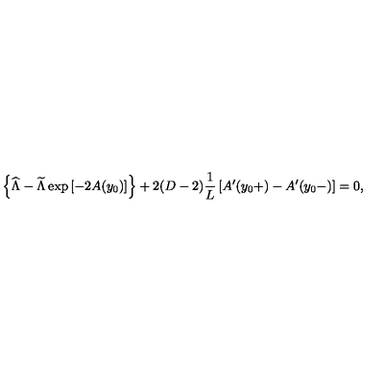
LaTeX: \left\{ { \widehat \Lambda } - { \widetilde \Lambda } \exp \left[ - 2 A ( y _ { 0 } ) \right] \right\} + 2 ( D - 2 ) { \frac { 1 } { L } } \left[ A ^ { \prime } ( y _ { 0 } + ) - A ^ { \prime } ( y _ { 0 } - ) \right] = 0 ,